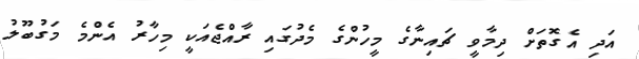
އަދި އެގޮތަށް ދިމާވީ ޗައިނާގެ މީހުންގެ މެދުގައި ރާއްޖެއަކީ މިހާރު އެންމެ މަގުބޫލު